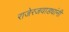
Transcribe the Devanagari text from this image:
राजेरजवाड्यांनी